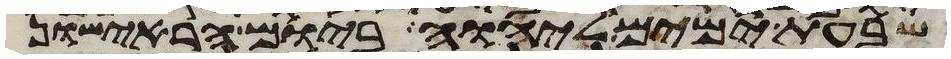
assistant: שבעת ימים ליהוה ביום הראישון